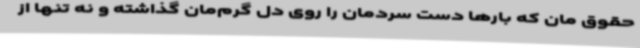
حقوق مان که بارها دست سردمان را روی دل گرم‌مان گذاشته و نه تنها از